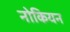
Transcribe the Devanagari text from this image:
नोकियन